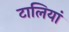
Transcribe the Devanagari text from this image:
टालियां